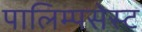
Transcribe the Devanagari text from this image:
पालिम्पसेस्ट